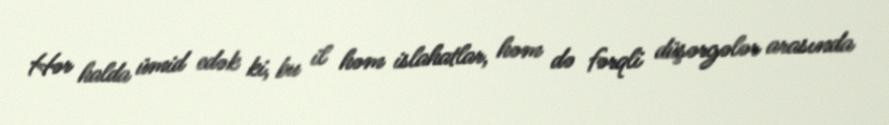
Hər halda ümid edək ki, bu il həm islahatlar, həm də fərqli düşərgələr arasında